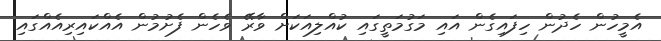
އެމީހުން ހެދުން ހިފައިގެން އައި މަގުމަތީގައި ކުއްލިއަކަށް ވާރޭ ވެހެން ފެށުމުން އެއްކައިރިއެއްގައި